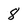
Character: 8